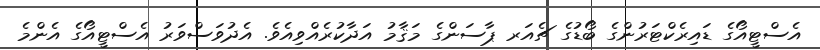
އެސްޓީއޯގެ ޑައިރެކްޓަރުންގެ ބޯޑުގެ ޗެއަރ ޕާސަންގެ މަޤާމު އަދާކުރެއްވިއެވެ. އެދުވަސްވަރު އެސްޓީއޯގެ އެންމެ